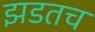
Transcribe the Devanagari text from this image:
झडतच